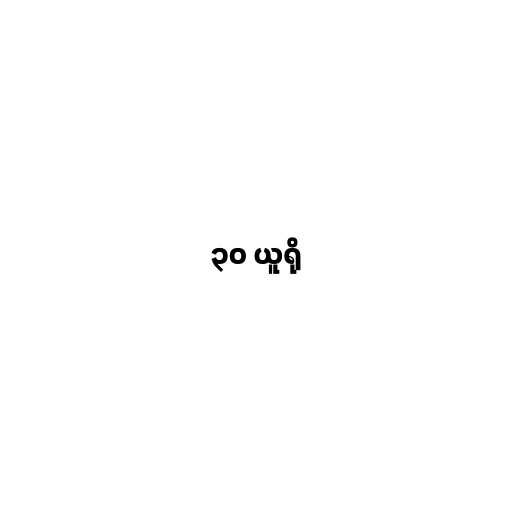
၃၀ ယူရို